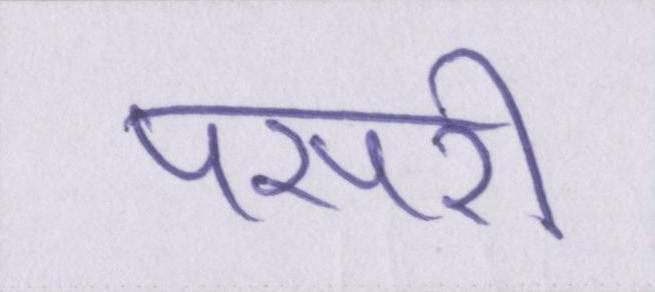
पसरी